Vaccination in Bombay 1869-1873 - 1869-1873
Year: 1869
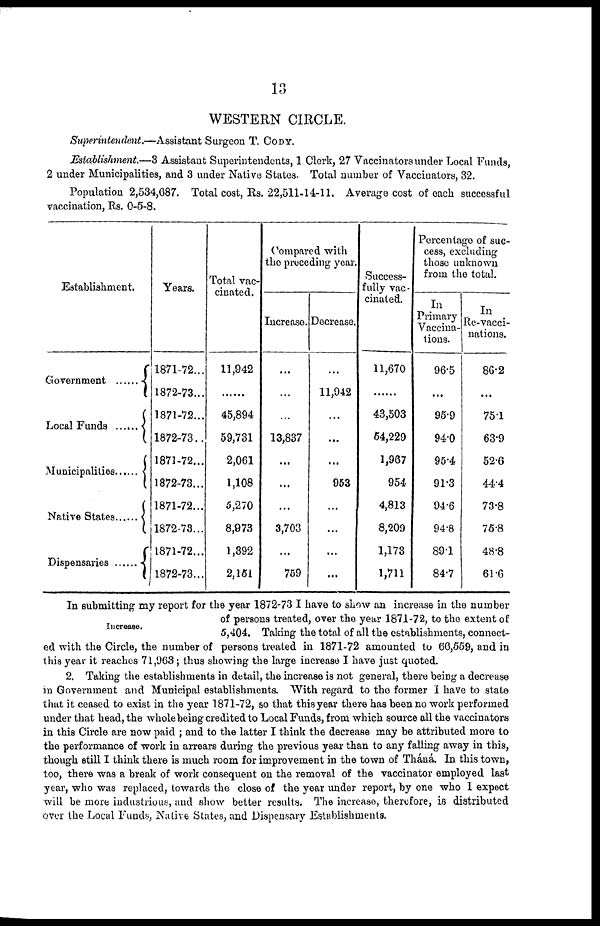
13
WESTERN CIRCLE.
Superintendent.—Assistant Surgeon T. CODY.
Establishment.—3 Assistant Superintendents, 1 Clerk, 27 Vaccinators under Local Funds,
2 under Municipalities, and 3 under Native States. Total number of Vaccinators, 32.
Population 2,534,687. Total cost, Rs. 22,511-14-11. Average cost of each successful
vaccination, Rs. 0-5-8.
Establishment.
Government ......
Local Funds
Municipalities
Native States ......
Dispensaries ......
Years.
1871-72...
1872-73...
1871-72...
1872-73..
1871-72...
1872-73...
1871-72...
1872.73...
1871-72...
1872-73...
Total vac-
cinated.
11,942
...
45,894
59,731
2,061
1,108
5,270
8,973
1,392
2,151
Compared with
the preceding year.
Increase.
...
...
...
13,837
...
...
...
3,703
...
759
Decrease.
...
11,942
...
...
...
953
...
...
...
...
Success-
fully vac-
cinated.
11,670
...
43,503
54,229
1,967
954
4,813
8,209
1,173
1,711
Percentage of suc-
cess, excluding
those unknown
from the total.
In
Primary
Vaccina-
tions.
96.5
...
95.9
94.0
95.4
91.3
94.6
94.8
89.1
84.7
In
Re-vacci-
nations.
86.2
...
75.1
63.9
52.6
44.4
73.8
75.8
48.8
61.6
Increase.
In submitting my report for the year 1872-73 I have to show an increase in the number
of persons treated, over the year 1871-72, to the extent of
5,404. Taking the total of all the establishments, connect-
ed with the Circle, the number of persons treated in 1871-72 amounted to 66,559, and in
this year it reaches 71,963 ; thus showing the large increase I have just quoted.
2. Taking the establishments in detail, the increase is not general, there being a decrease
in Government and Municipal establishments. With regard to the former I have to state
that it ceased to exist in the year 1871-72, so that this year there has been no work performed
under that head, the whole being credited to Local Funds, from which source all the vaccinators
in this Circle are now paid ; and to the latter I think the decrease may be attributed more to
the performance of work in arrears during the previous year than to any falling away in this,
though still I think there is much room for improvement in the town of Tháná. In this town,
too, there was a break of work consequent on the removal of the vaccinator employed last
year, who was replaced, towards the close of the year under report, by one who I expect
will be more industrious, and show better results. The increase, therefore, is distributed
over the Local Funds, Native States, and Dispensary Establishments.